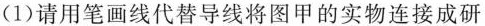
(1)请用笔画线代替导线将图甲的实物连接成研